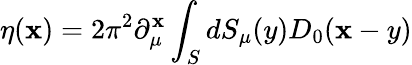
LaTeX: \eta(\mathbf{x})=2\pi^{2}\partial_{\mu}^{\mathbf{x}}\int_{S}^{}dS_{\mu}(y)D_{0}(\mathbf{x}-y)